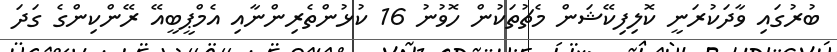
ބުރުގައި ވާދަކުރަނީ ކޮލިފިކޭޝަން މެޗުތަކުން ހޮވުނު 16 ކުޅުންތެރިންނާއި އެމްޕީބީއޭ ރޭންކިންގެ ގަދަ